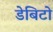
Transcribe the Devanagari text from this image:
डेबिटो